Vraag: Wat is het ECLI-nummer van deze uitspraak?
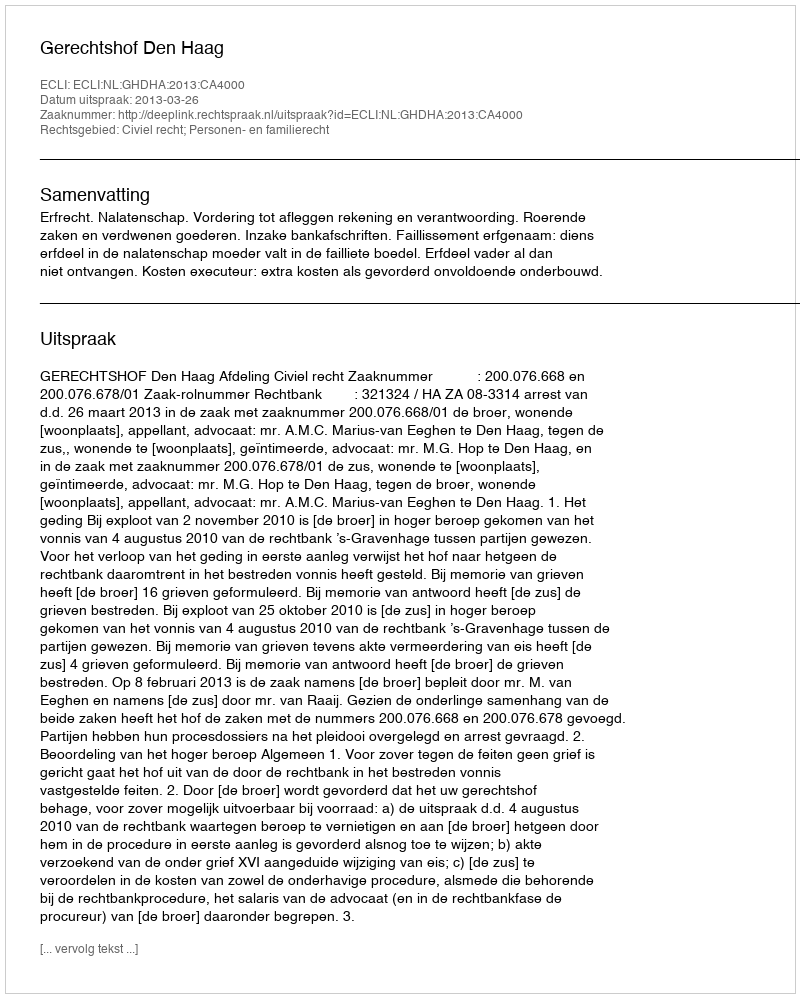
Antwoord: ECLI:NL:GHDHA:2013:CA4000